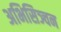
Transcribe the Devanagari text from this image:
अभिसिञ्चन